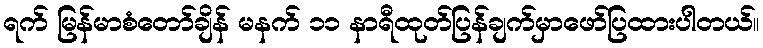
ရက် မြန်မာစံတော်ချိန် မနက် ၁၁ နာရီထုတ်ပြန်ချက်မှာဖော်ပြထားပါတယ်။